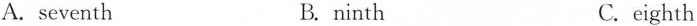
A.seventh B.ninth C.eighth